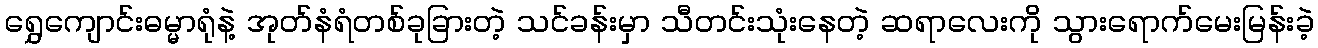
ရွှေကျောင်းဓမ္မာရုံနဲ့ အုတ်နံရံတစ်ခုခြားတဲ့ သင်ခန်းမှာ သီတင်းသုံးနေတဲ့ ဆရာလေးကို သွားရောက်မေးမြန်းခဲ့